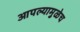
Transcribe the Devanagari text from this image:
आपल्यामुळेच